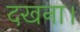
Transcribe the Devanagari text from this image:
दखना।